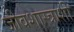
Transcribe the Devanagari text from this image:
जीवशास्त्राशी